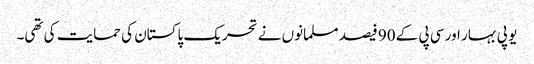
یو پی بہار اور سی پی کے 90 فیصد مسلمانوں نے تحریک پاکستان کی حمایت کی تھی۔